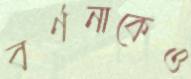
বর্ণনাকেও